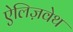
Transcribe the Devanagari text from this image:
ऐलिज़वेथ